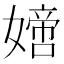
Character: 𡡿